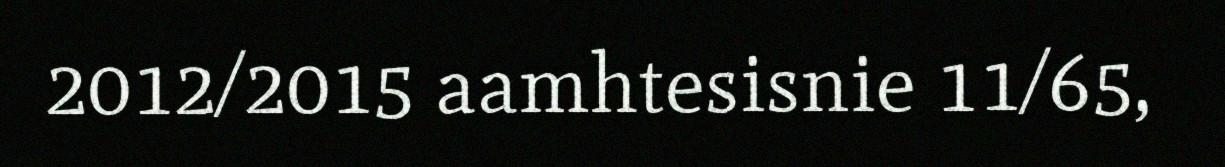
2012/2015 aamhtesisnie 11/65,